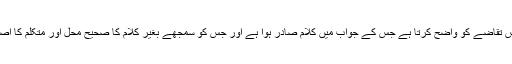
ایک یہ کہ وہ اس سوال یا اس تقاضے کو واضح کرتا ہے جس کے جواب میں کلام صادر ہوا ہے اور جس کو سمجھے بغیر کلام کا صحیح محل اور متکلم کا اصل منشا واضح نہیں ہو سکتا۔